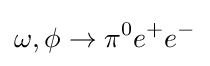
\omega ,\phi \to \pi ^{0}e^{+}e^{-}